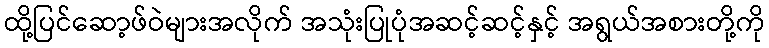
ထို့ပြင်ဆော့ဖ်ဝဲများအလိုက် အသုံးပြုပုံအဆင့်ဆင့်နှင့် အရွယ်အစားတို့ကို